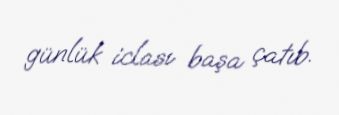
günlük iclası başa çatıb.